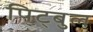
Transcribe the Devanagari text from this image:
पिट्बुल